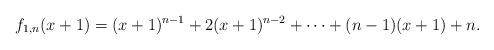
LaTeX: \begin{align*}f_{1,n}(x+1)=(x+1)^{n-1}+2(x+1)^{n-2}+\cdots +(n-1)(x+1)+n.\end{align*}